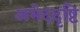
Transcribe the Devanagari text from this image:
अभेददृष्टि